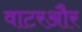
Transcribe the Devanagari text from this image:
वाटरऔर